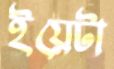
ইয়েটা